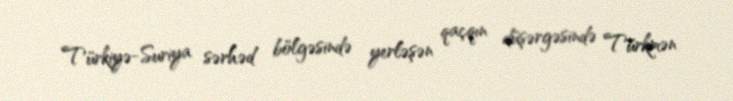
Türkiyə-Suriya sərhəd bölgəsində yerləşən qaçqın düşərgəsində Türkmən